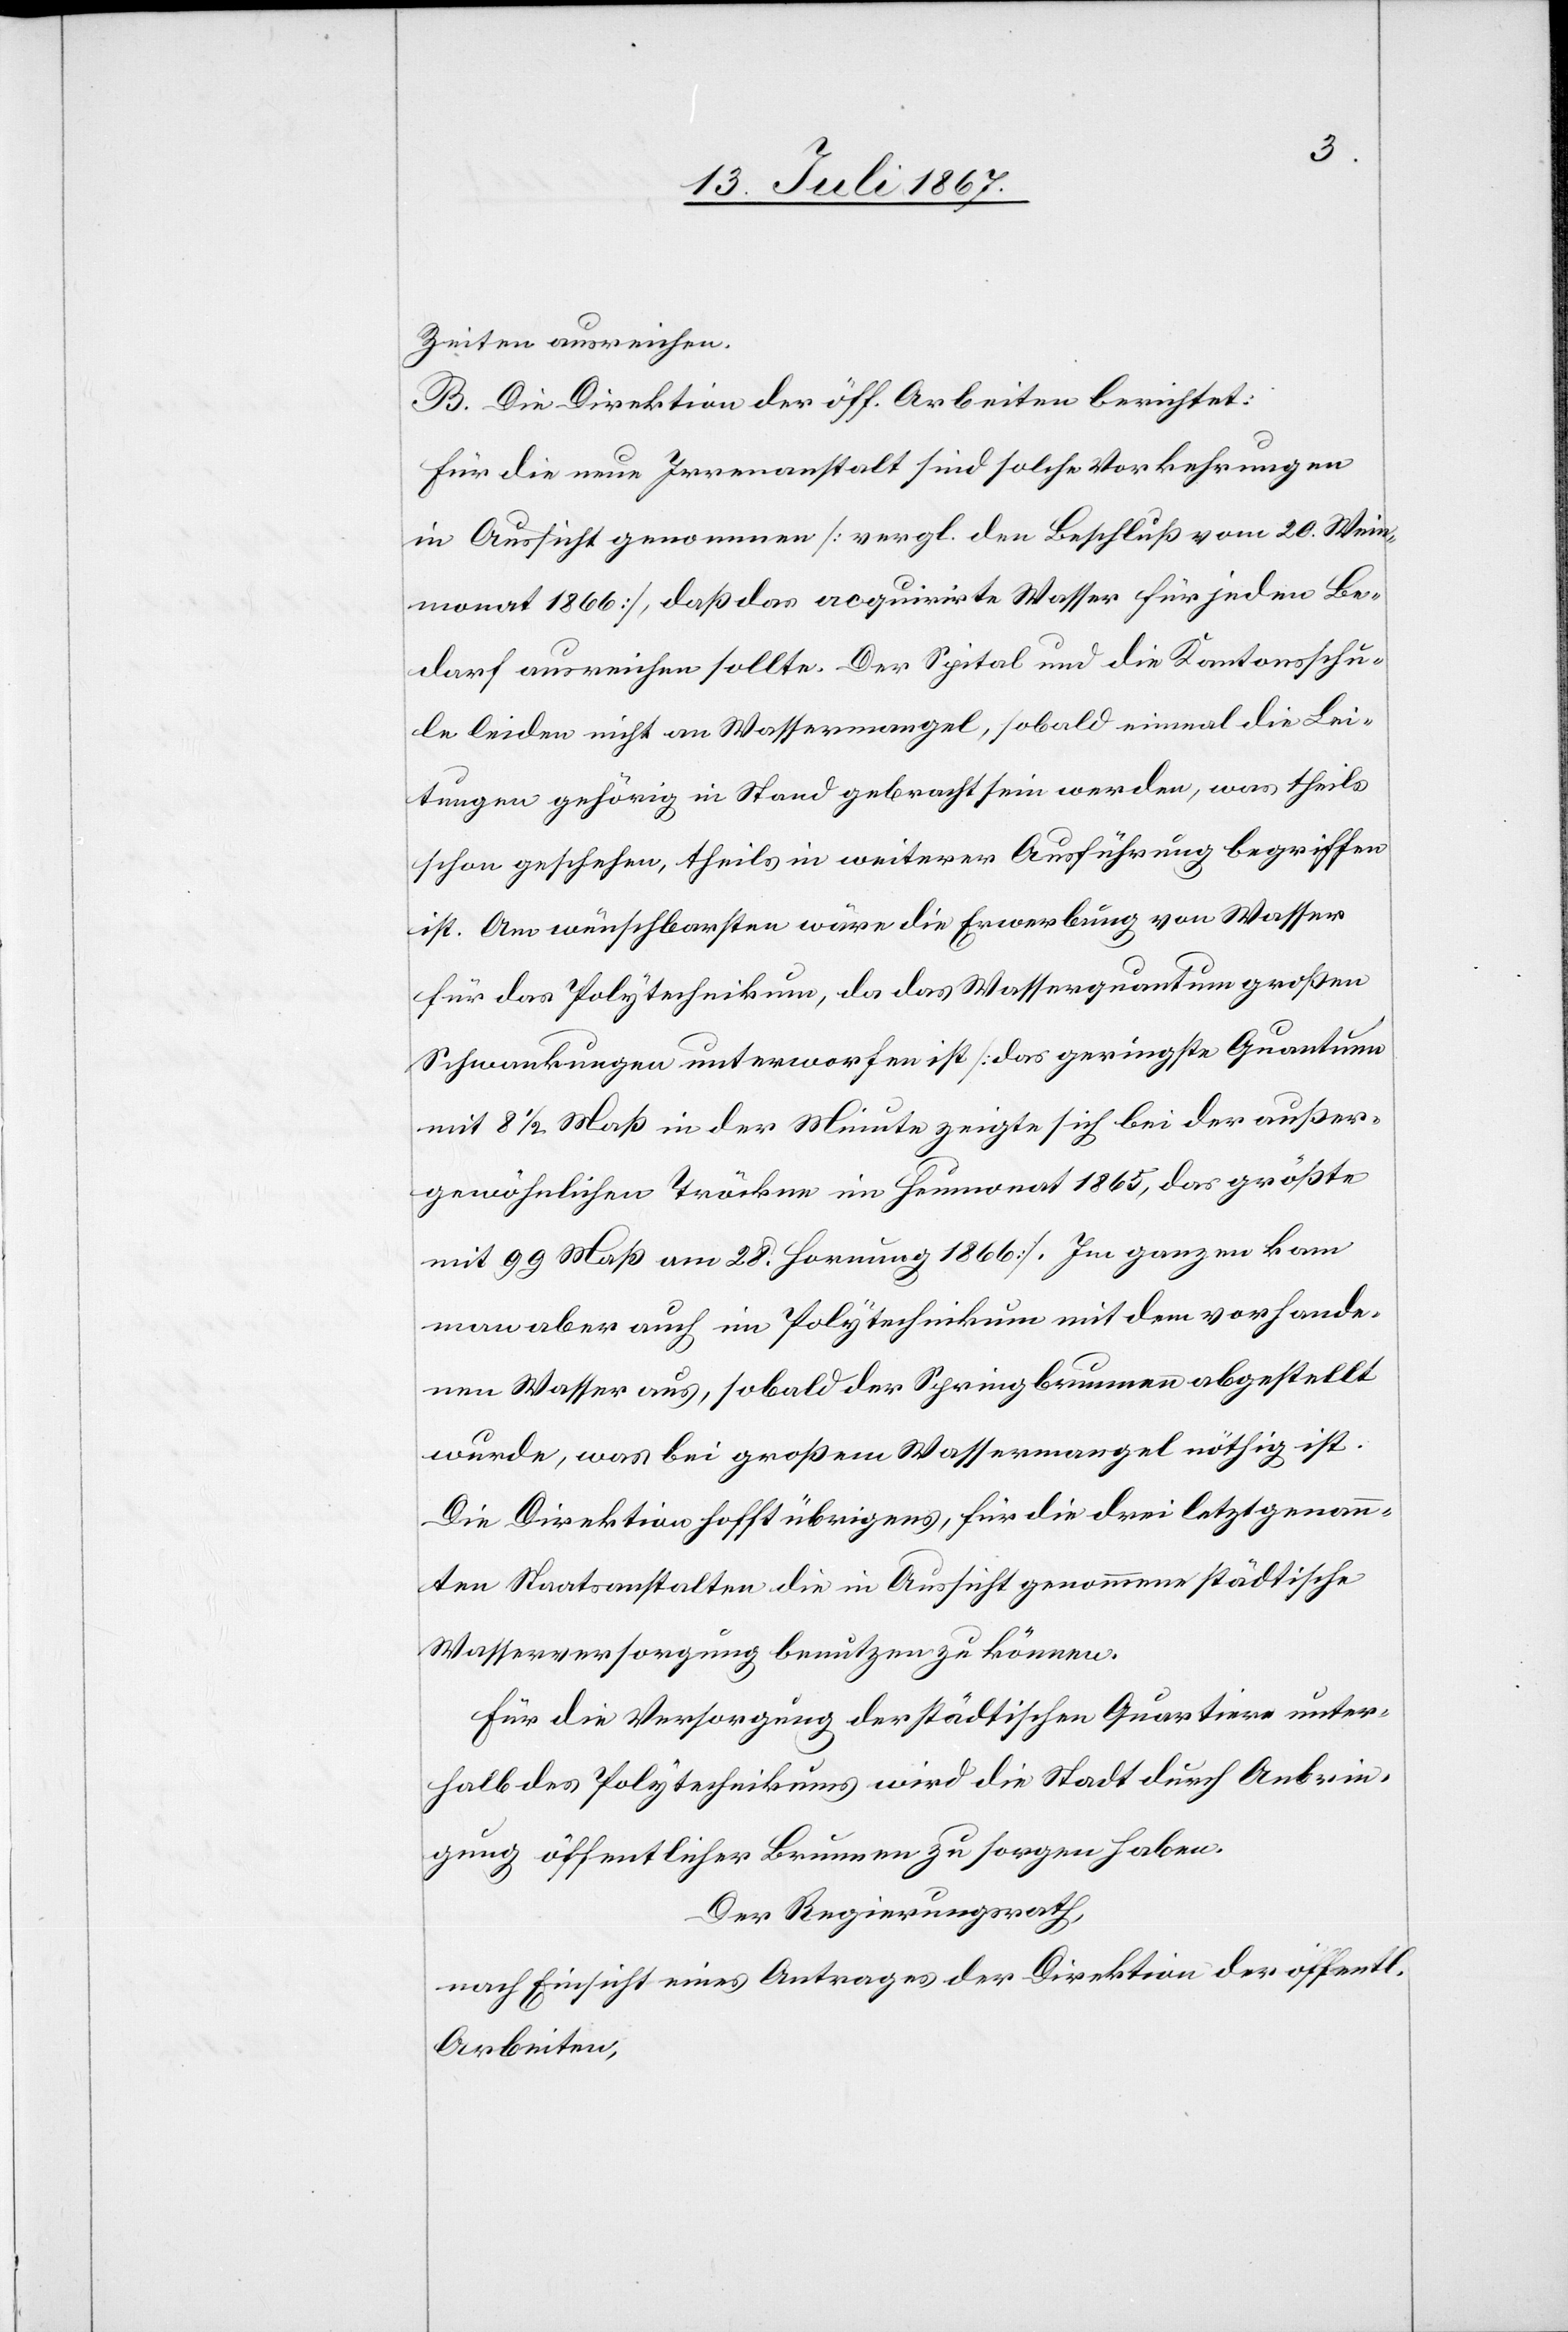
Zeiten ausreichen.
B. Die Direktion der öff. Arbeiten berichtet:
Für die neue Irrenanstalt sind solche Vorkehrungen
in Aussicht genommen [vergl. den Beschluß vom 20. Wein¬
monat 1866], daß das acquirirte Wasser für jeden Be¬
darf ausreichen sollte. Der Spital und die Kantonsschu¬
le leiden nicht an Wassermangel, sobald einmal die Lei¬
tungen gehörig in Stand gebracht sein werden, was theils
schon geschehen, theils in weiterer Ausführung begriffen
ist. Am wünschbarsten wäre die Erwerbung von Wasser
für das Polytechnikum, da das Wasserquantum großen
Schwankungen unterworfen ist [das geringste Quantum
mit 8 1/2 Maß in der Minute zeigte sich bei der außer¬
gewöhnlichen Tröckne im Heumonat 1865, das größte
mit 99 Maß am 28. Hornung 1866]. Im ganzen kam
man aber auch im Polytechnikum mit dem vorhande¬
nen Wasser aus, sobald der Springbrunnen abgestellt
wurde, was bei großem Wassermangel nöthig ist.
Die Direktion hofft übrigens, für die drei letztgenann¬
ten Staatsanstalten die in Aussicht genommene städtische
Wasserversorgung benutzen zu können.
Für die Versorgung der städtischen Quartiere unter¬
halb des Polytechnikums wird die Stadt durch Anbrin¬
gung öffentlicher Brunnen zu sorgen haben.
Der Regierungsrath,
nach Einsicht eines Antrages der Direktion der öff.
Arbeiten,